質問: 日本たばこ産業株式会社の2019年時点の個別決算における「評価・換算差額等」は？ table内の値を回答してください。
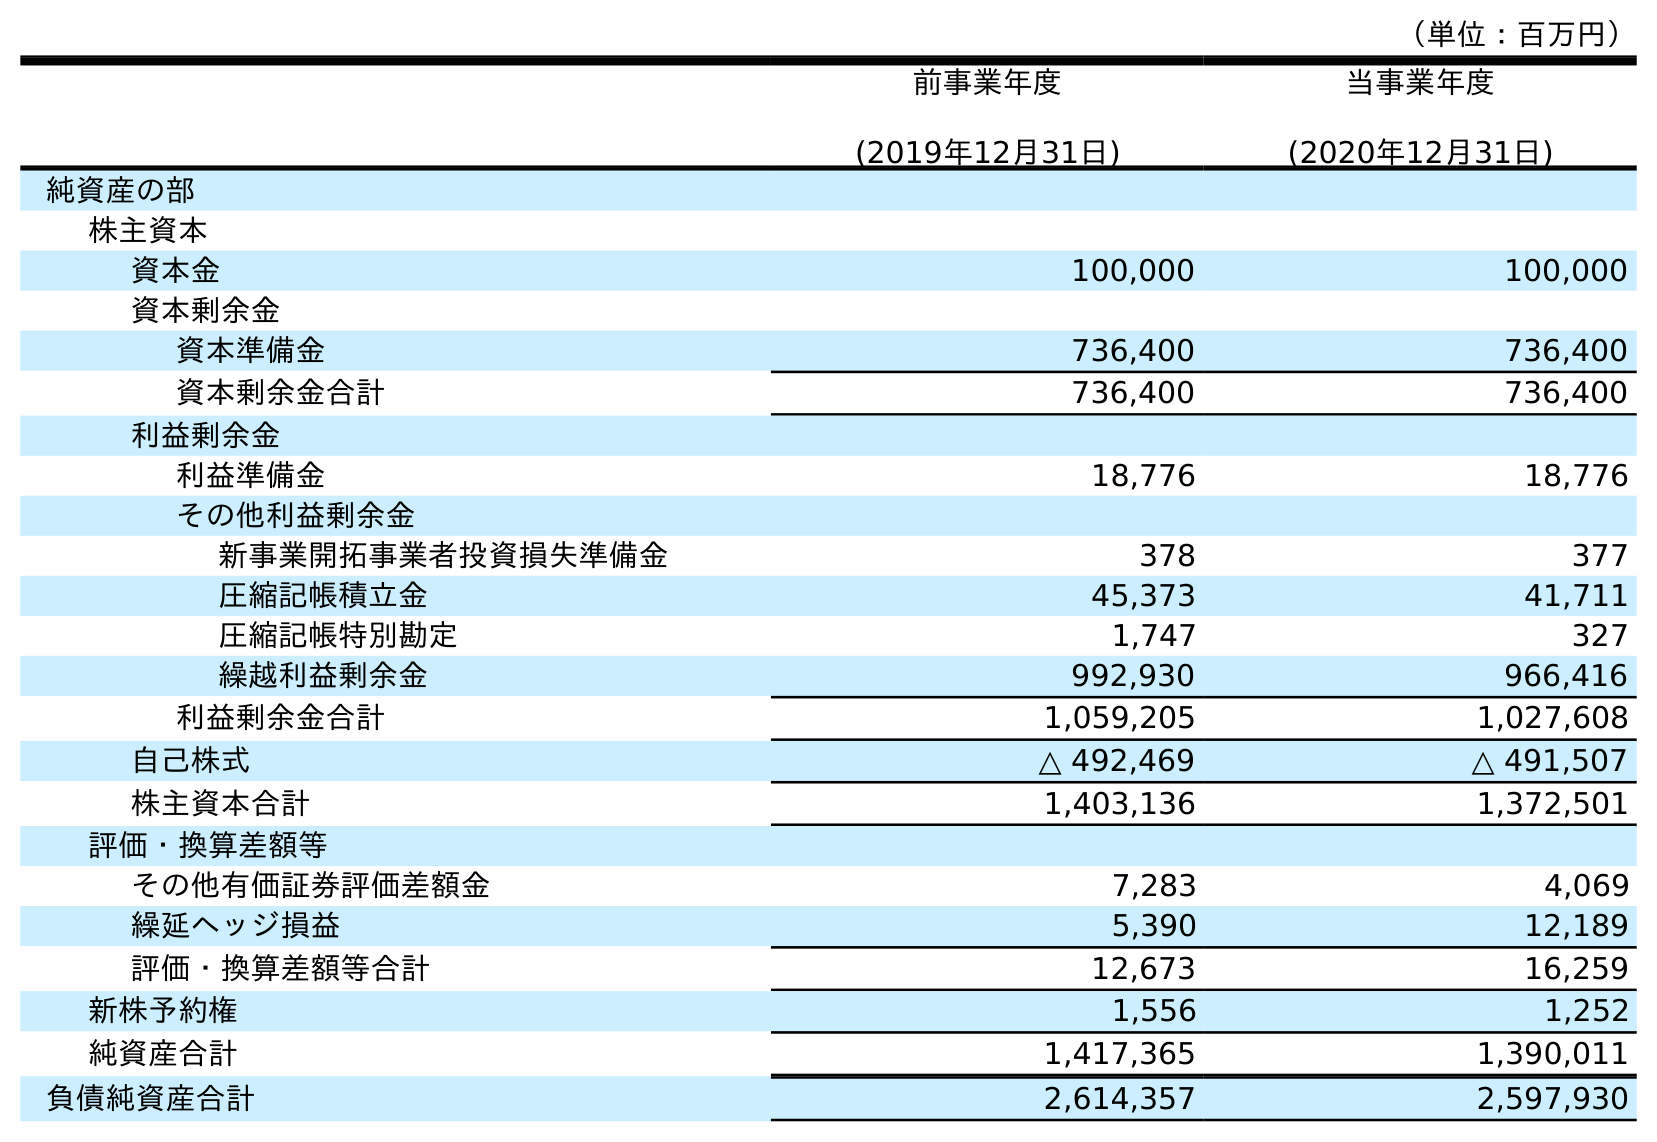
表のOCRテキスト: （単位：百万円） 前事業年度 (2019年12月31日) 当事業年度 (2020年12月31日) 純資産の部 株主資本 資本金 100,000 100,000 資本剰余金 資本準備金 736,400 736,400 資本剰余金合計 736,400 736,400 利益剰余金 利益準備金 18,776 18,776 その他利益剰余金 新事業開拓事業者投資損失準備金 378 377 圧縮記帳積立金 45,373 41,711 圧縮記帳特別勘定 1,747 327 繰越利益剰余金 992,930 966,416 利益剰余金合計 1,059,205 1,027,608 自己株式 △ 492,469 △ 491,507 株主資本合計 1,403,136 1,372,501 評価・換算差額等 その他有価証券評価差額金 7,283 4,069 繰延ヘッジ損益 5,390 12,189 評価・換算差額等合計 12,673 16,259 新株予約権 1,556 1,252 純資産合計 1,417,365 1,390,011 負債純資産合計 2,614,357 2,597,930
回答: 12,673